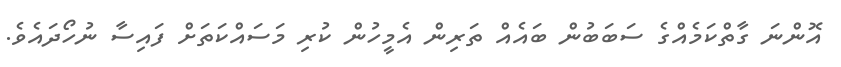
އޮންނަ ގާތްކަމެއްގެ ސަބަބުން ބައެއް ތަރިން އެމީހުން ކުރި މަސައްކަތަށް ފައިސާ ނުހޯދައެވެ.